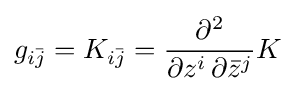
g_{i{\bar {j}}}=K_{i{\bar {j}}}={\frac {\partial ^{2}}{\partial z^{i}\,\partial {\bar {z}}^{j}}}K